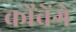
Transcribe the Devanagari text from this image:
कोंचेंगे